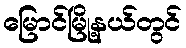
မြောင်မြို့နယ်တွင်